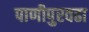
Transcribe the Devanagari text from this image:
पाणीपुरवढा